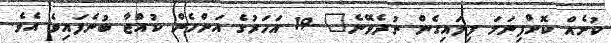
ކުށެއް ކޮށްފިނަމަ ފިލައިގެން ނުދެވޭނެ" 19 އަހަރުގެ އަންހެން ކުއްޖާ ބުނެފައިވެ އެވެ.